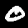
Digit: 0